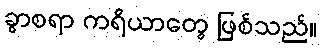
ခွာစရာ ကရိယာတွေ ဖြစ်သည်။